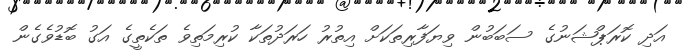
އަދި ކޮރަޕްޝަނުގެ ސަބަބުން ވިޔަފާރިތަކަށް އިތުރު ހަރަދުތަކާ ކުރިމަތިވެ ތަކެތީގެ އަގު ބޮޑުވެގެން